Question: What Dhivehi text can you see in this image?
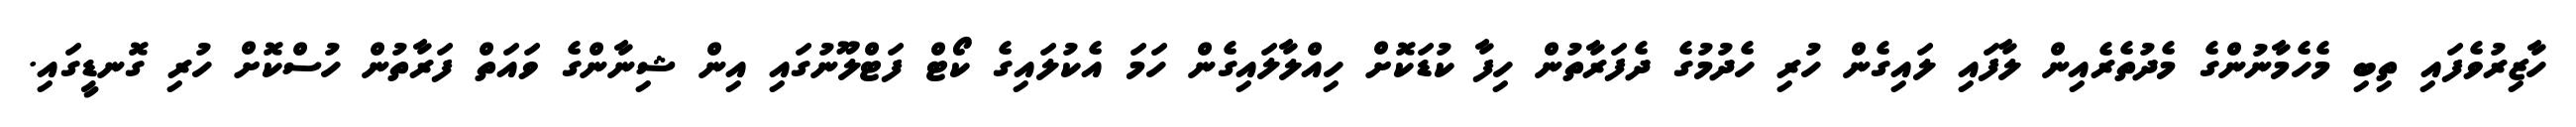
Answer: ހާޒިރުވެފައި ތިބި މެހެމާނުންގެ މެދުތެރެއިން ލާފައި ލައިގެން ހުރި ހެދުމުގެ ދެފަރާތުން ހިފާ ކުޑަކޮށް ހިއްލާލައިގެން ހަމަ އެކުލައިގެ ކޯޓް ފަޓްލޫނުގައި އިން ޝިނާންގެ ވައަތް ފަރާތުން ހުސްކޮށް ހުރި ގޮނޑީގައި.